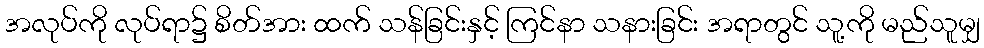
အလုပ်ကို လုပ်ရာ၌ စိတ်အား ထက် သန်ခြင်းနှင့် ကြင်နာ သနားခြင်း အရာတွင် သူ့ကို မည်သူမျှ